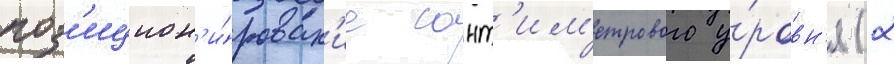
поз'ицион'и́рован'ие сант'им'етрового у́ровн'я (2